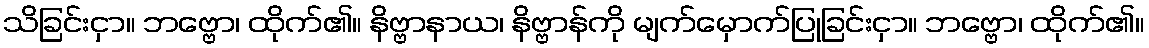
သိခြင်းငှာ။ ဘဗ္ဗော၊ ထိုက်၏။ နိဗ္ဗာနာယ၊ နိဗ္ဗာန်ကို မျက်မှောက်ပြုခြင်းငှာ။ ဘဗ္ဗော၊ ထိုက်၏။